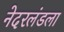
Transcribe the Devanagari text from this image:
नेदरलंडला